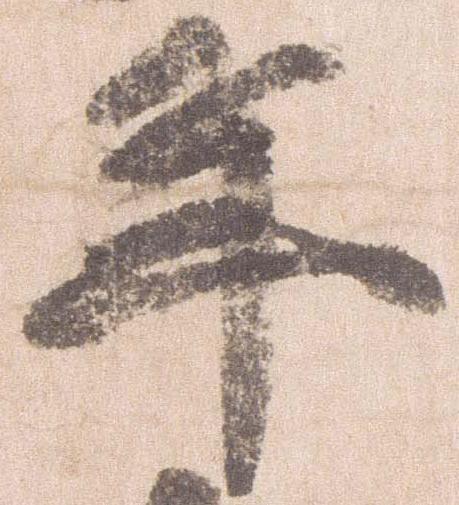
年